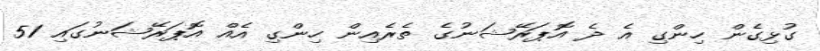
ގުޅިގެން ހިންގި އެ ދެ އޮޕަރޭޝަނުގެ ތެރެއިން ހިންގި އެއް އޮޕަރޭޝަނުގައި 51